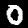
Label: 0